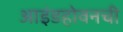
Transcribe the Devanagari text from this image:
आइंडहोवनची